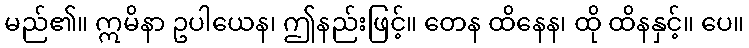
မည်၏။ ဣမိနာ ဥပါယေန၊ ဤနည်းဖြင့်။ တေန ထိနေန၊ ထို ထိနနှင့်။ ပေ။